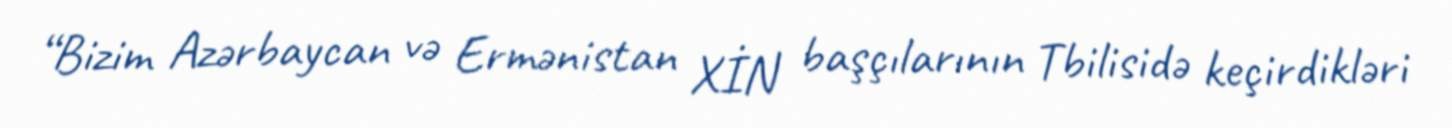
“Bizim Azərbaycan və Ermənistan XİN başçılarının Tbilisidə keçirdikləri